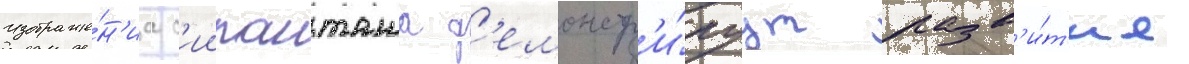
Изображе́н'иа с'иипанташа д'емонстр'и́руут разв'и́т'ие